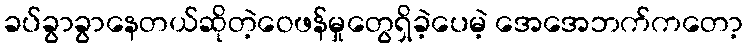
ခပ်ခွာခွာနေတယ်ဆိုတဲ့ဝေဖန်မှုတွေရှိခဲ့ပေမဲ့ အေအေဘက်ကတော့